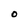
Character: O